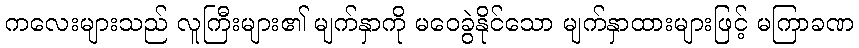
ကလေးများသည် လူကြီးများ၏ မျက်နှာကို မဝေခွဲနိုင်သော မျက်နှာထားများဖြင့် မကြာခဏ